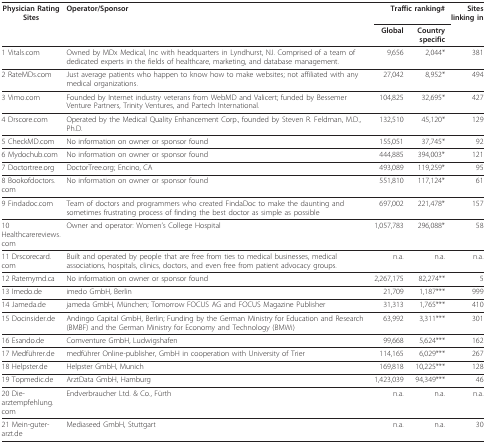
<table><thead><tr><td><b>Physician Rating Sites</b></td><td><b>Operator/Sponsor</b></td><td colspan="2"><b>Traffic ranking#</b></td><td><b>Sites linking in</b></td></tr><tr><td></td><td></td><td><b>Global</b></td><td><b>Country specific</b></td><td></td></tr></thead><tbody><tr><td>1 Vitals.com</td><td>Owned by MDx Medical, Inc with headquarters in Lyndhurst, NJ. Comprised of a team of dedicated experts in the fields of healthcare, marketing, and database management.</td><td>9,656</td><td>2,044*</td><td>381</td></tr><tr><td>2 RateMDs.com</td><td>Just average patients who happen to know how to make websites; not affiliated with any medical organizations.</td><td>27,042</td><td>8,952*</td><td>494</td></tr><tr><td>3 Vimo.com</td><td>Founded by Internet industry veterans from WebMD and Valicert; funded by Bessemer Venture Partners, Trinity Ventures, and Partech International.</td><td>104,825</td><td>32,695*</td><td>427</td></tr><tr><td>4 Drscore.com</td><td>Operated by the Medical Quality Enhancement Corp., founded by Steven R. Feldman, M.D., Ph.D.</td><td>132,510</td><td>45,120*</td><td>129</td></tr><tr><td>5 CheckMD.com</td><td>No information on owner or sponsor found</td><td>155,051</td><td>37,745*</td><td>92</td></tr><tr><td>6 Mydochub.com</td><td>No information on owner or sponsor found</td><td>444,885</td><td>394,003*</td><td>121</td></tr><tr><td>7 Doctortree.org</td><td>DoctorTree.org; Encino, CA</td><td>493,089</td><td>119,259*</td><td>95</td></tr><tr><td>8 Bookofdoctors.com</td><td>No information on owner or sponsor found</td><td>551,810</td><td>117,124*</td><td>61</td></tr><tr><td>9 Findadoc.com</td><td>Team of doctors and programmers who created FindaDoc to make the daunting and sometimes frustrating process of finding the best doctor as simple as possible</td><td>697,002</td><td>221,478*</td><td>157</td></tr><tr><td>10 Healthcarereviews.com</td><td>Owner and operator: Women&#x27;s College Hospital</td><td>1,057,783</td><td>296,088*</td><td>58</td></tr><tr><td>11 Drscorecard.com</td><td>Built and operated by people that are free from ties to medical businesses, medical associations, hospitals, clinics, doctors, and even free from patient advocacy groups.</td><td>n.a.</td><td>n.a.</td><td>n.a.</td></tr><tr><td>12 Ratemymd.ca</td><td>No information on owner or sponsor found</td><td>2,267,175</td><td>82,274**</td><td>5</td></tr><tr><td>13 Imedo.de</td><td>imedo GmbH, Berlin</td><td>21,709</td><td>1,187***</td><td>999</td></tr><tr><td>14 Jameda.de</td><td>jameda GmbH, München; Tomorrow FOCUS AG and FOCUS Magazine Publisher</td><td>31,313</td><td>1,765***</td><td>410</td></tr><tr><td>15 Docinsider.de</td><td>Andingo Capital GmbH, Berlin; Funding by the German Ministry for Education and Research (BMBF) and the German Ministry for Economy and Technology (BMWi)</td><td>63,992</td><td>3,311***</td><td>301</td></tr><tr><td>16 Esando.de</td><td>Comventure GmbH, Ludwigshafen</td><td>99,668</td><td>5,624***</td><td>162</td></tr><tr><td>17 Medführer.de</td><td>medführer Online-publisher, GmbH in cooperation with University of Trier</td><td>114,165</td><td>6,029***</td><td>267</td></tr><tr><td>18 Helpster.de</td><td>Helpster GmbH, Munich</td><td>169,818</td><td>10,225***</td><td>128</td></tr><tr><td>19 Topmedic.de</td><td>ArztData GmbH, Hamburg</td><td>1,423,039</td><td>94,349***</td><td>46</td></tr><tr><td>20 Die-arztempfehlung.com</td><td>Endverbraucher Ltd. &amp; Co., Fürth</td><td>n.a.</td><td>n.a.</td><td>n.a.</td></tr><tr><td>21 Mein-guter-arzt.de</td><td>Mediaseed GmbH, Stuttgart</td><td>n.a.</td><td>n.a.</td><td>30</td></tr></tbody></table>